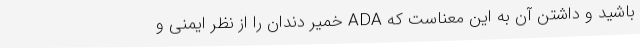
باشید و داشتن آن به این معناست که ADA خمیر دندان را از نظر ایمنی و